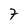
Character: 7